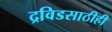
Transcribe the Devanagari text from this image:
द्रविडसाठीही